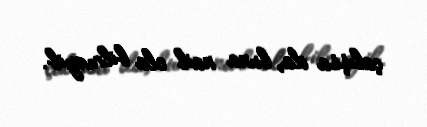
çalışsa da, buna nail ola bilməyib.